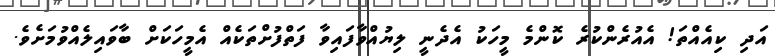
އަދި ކިއެއްތަ! އެއުރެންކުރެ ކޮންމެ މީހަކު އެދެނީ ލިޔުއްވާފައިވާ ފަތްފުށްތަކެއް އެމީހަކަށް ބާވައިލެއްވުމަށެވެ.